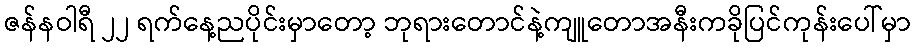
ဇန်နဝါရီ ၂၂ ရက်နေ့ညပိုင်းမှာတော့ ဘုရားတောင်နဲ့ကျူတောအနီးကခိုပြင်ကုန်းပေါ်မှာ